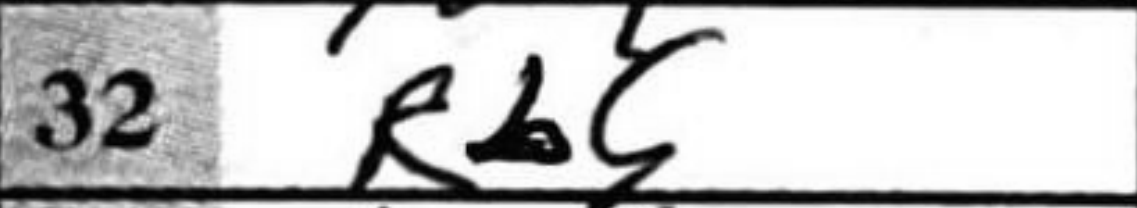
Transcription: Rb5